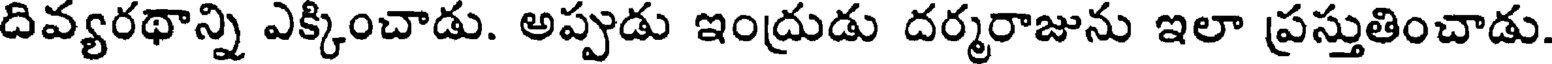
దివ్యరథాన్ని ఎక్కించాడు. అప్పుడు ఇంద్రుడు దర్మరాజును ఇలా ప్రస్తుతించాడు.